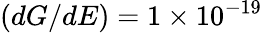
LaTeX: (dG/dE)=1\times 10^{-19}